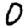
Digit: 0